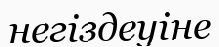
негіздеуіне